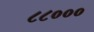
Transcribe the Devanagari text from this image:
८८०००